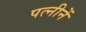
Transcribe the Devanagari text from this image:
पत्नीनें